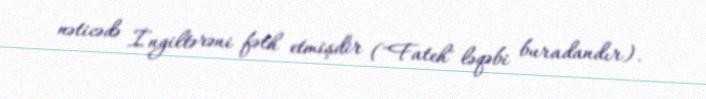
nəticədə İngiltərəni fəth etmişdir ("Fateh" ləqəbi buradandır).